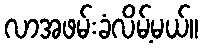
လာအဖမ်းခံလိမ့်မယ်။